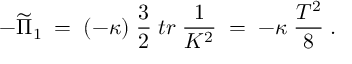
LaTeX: - \widetilde { \Pi } _ { 1 } \; = \; ( - \kappa ) \; \frac { 3 } { 2 } \; t r \; \frac { 1 } { K ^ { 2 } } \; = \; - \kappa \; \frac { T ^ { 2 } } { 8 } \; .